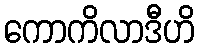
ကောကိလာဒီဟိ